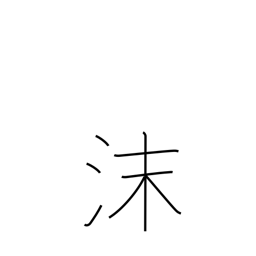
Meaning: suds